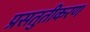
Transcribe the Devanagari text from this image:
प्रसतुतीकरण